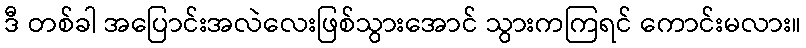
ဒီ တစ်ခါ အပြောင်းအလဲလေးဖြစ်သွားအောင် သွားကကြရင် ကောင်းမလား။